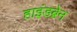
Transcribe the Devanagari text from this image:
हाइंडब्रेन